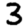
Digit: 3